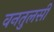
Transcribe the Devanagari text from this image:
वनतुलसी